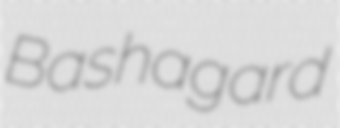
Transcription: Bashagard